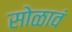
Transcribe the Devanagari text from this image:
सोळावं